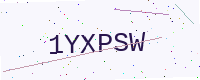
Text: 1YXPSW